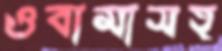
ওবামাসহ